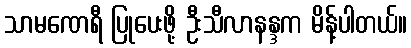
သာမဏေရီ ပြုပေးဖို့ ဦးသီလာနန္ဒက မိန့်ပါတယ်။